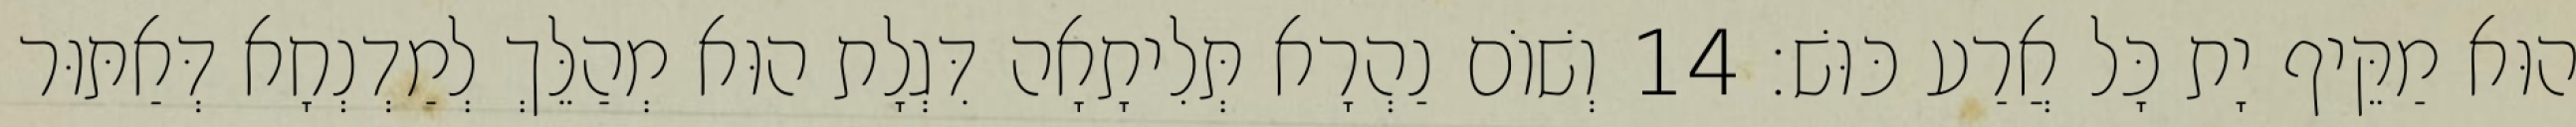
הוּא מַקֵּיף יָת כָּל אֲרַע כּוּשׁ׃ 14 וְשׁוֹם נַהְרָא תְּלִיתָאָה דִּגְלָת הוּא מְהַלֵּךְ לְמַדְנְחָא דְּאַתּוּר